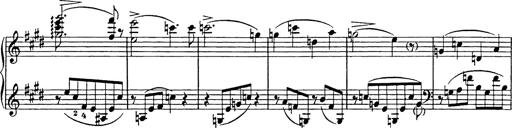
Title: Consolations
Composer: Franz Liszt